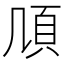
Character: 𩑏